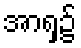
အာရှ၌